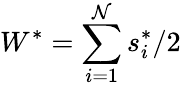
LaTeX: W^{*}=\sum_{i=1}^{\mathcal{N}}s_{i}^{*}/2